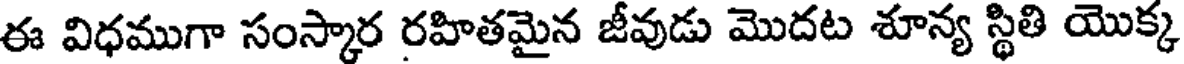
ఈ విధముగా సంస్కార రహితమైన జీవుడు మొదట శూన్య స్థితి యొక్క